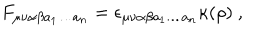
LaTeX: F _ { \mu \nu \alpha \beta a _ { 1 } \dots a _ { n } } = \epsilon _ { \mu \nu \alpha \beta a _ { 1 } \dots a _ { n } } \kappa ( \rho ) ~ ,